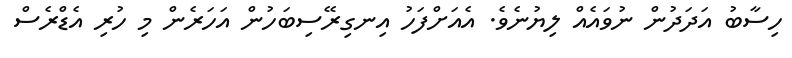
ހިސާބު އަދަދުން ނުވައެއް ލިޔުނެވެ. އެއަށްފަހު އިނގިރޭސިބަހުން އަހަރެން މި ހުރި އެޑްރެސް